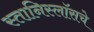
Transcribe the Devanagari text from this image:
स्तानिस्लॉसचे